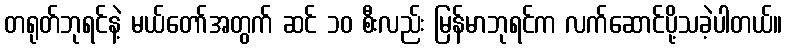
တရုတ်ဘုရင်နဲ့ မယ်တော်အတွက် ဆင် ၁၀ စီးလည်း မြန်မာဘုရင်က လက်ဆောင်ပို့သခဲ့ပါတယ်။